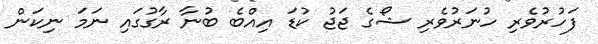
ފަހުރުވެރި ހުނަރުވެރި ޝޯގެ ޖަޖު ކުޑަ އިއްބެ ބުނާ ރާގުގައި ނަމަ ނިކަން